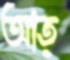
আত্